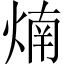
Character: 煵